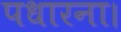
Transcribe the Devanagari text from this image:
पधारना।